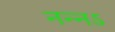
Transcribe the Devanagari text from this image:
नन्नऽ